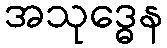
အသုဒ္ဓေန